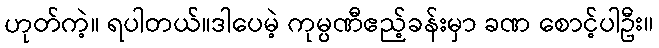
ဟုတ်ကဲ့။ ရပါတယ်။ဒါပေမဲ့ ကုမ္ပဏီဧည့်ခန်းမှာ ခဏ စောင့်ပါဦး။